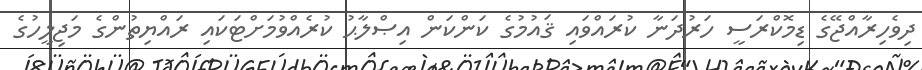
ދިވެހިރާއްޖޭގެ ޑިމޮކްރަސީ ހަރުދަނާ ކުރައްވައި ޤައުމުގެ ކަންކަން އިޞްލާޙު ކުރެއްވުމަށްޓަކައި ރައްޔިތުންގެ މަޖިލީހުގެ